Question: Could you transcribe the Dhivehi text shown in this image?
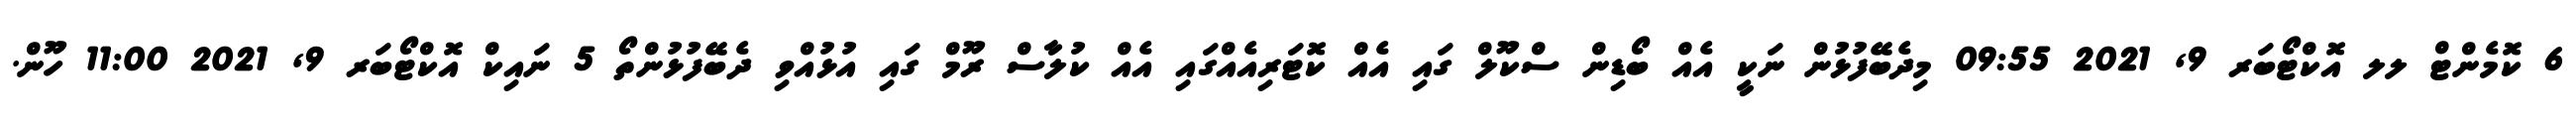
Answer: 6 ކޮމެންޓް ލލ އޮކްޓޯބަރ 9, 2021 09:55 މިދެބޭފުޅުން ނަކީ އެއް ބޯޑިން ސްކޫލް ގައި އެއް ކޮޓަރިއެއްގައި އެއް ކުލާސް ރޫމް ގައި އުޅުއްވި ދެބޭފުޅުންތޯ 5 ނައިކް އޮކްޓޯބަރ 9, 2021 11:00 ހޫން.